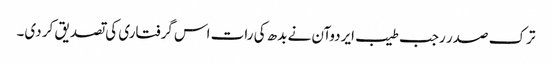
ترک صدر رجب طیب ایردوآن نے بدھ کی رات اس گرفتاری کی تصدیق کر دی۔